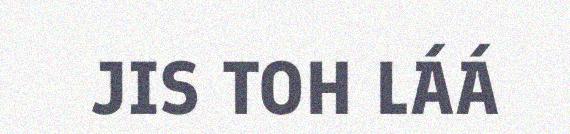
JIS TOH LÁÁ